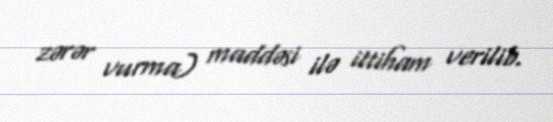
zərər vurma) maddəsi ilə ittiham verilib.